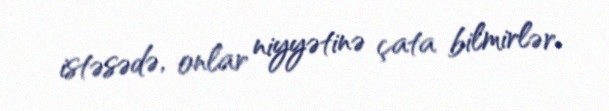
istəsədə, onlar niyyətinə çata bilmirlər.